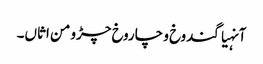
آنہیاگندوخ و چاروخ چڑو من اثاں۔